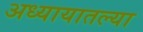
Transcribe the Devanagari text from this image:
अध्यायातल्या